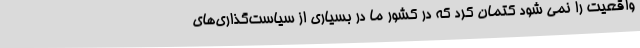
واقعیت را نمی شود کتمان کرد که در کشور ما در بسیاری از سیاست‌گذاری‌های